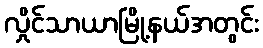
လှိုင်သာယာမြို့နယ်အတွင်း